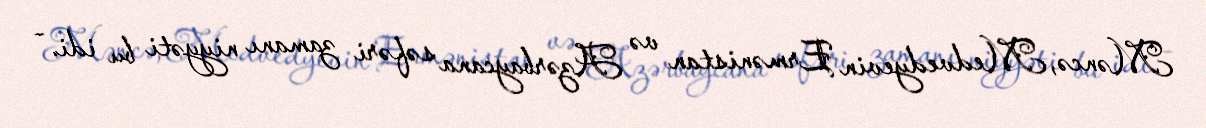
Məncə, Medvedyevin Ermənistan və Azərbaycana səfəri zamanı niyyəti bu idi. -